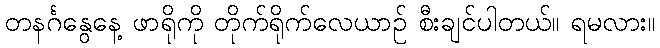
တနင်္ဂနွေနေ့ ဖာရိုကို တိုက်ရိုက်လေယာဉ် စီးချင်ပါတယ်။ ရမလား။